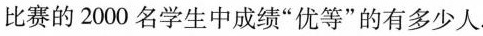
比赛的2000名学生中成绩“优等”的有多少人.